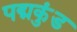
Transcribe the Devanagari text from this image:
पद्मकुंड